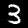
Digit: 3